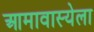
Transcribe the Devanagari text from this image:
आमावास्येला